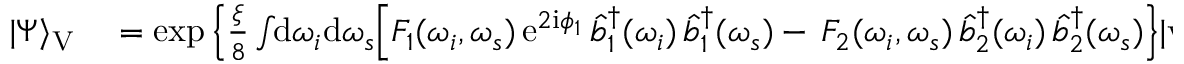
\begin{array} { r l } { | \Psi \rangle _ { \mathrm { V } } } & { { } = \exp \Big \{ \frac { \xi } { 8 } \int \! \! \mathrm { d } \omega _ { i } \mathrm { d } \omega _ { s } \Big [ F _ { 1 } ( \omega _ { i } , \omega _ { s } ) \, \mathrm { e } ^ { 2 \mathrm { i } \phi _ { 1 } } \, \hat { b } _ { 1 } ^ { \dagger } ( \omega _ { i } ) \, \hat { b } _ { 1 } ^ { \dagger } ( \omega _ { s } ) - \, F _ { 2 } ( \omega _ { i } , \omega _ { s } ) \, \hat { b } _ { 2 } ^ { \dagger } ( \omega _ { i } ) \, \hat { b } _ { 2 } ^ { \dagger } ( \omega _ { s } ) \Big \} | \mathrm { v a c } \rangle \, , } \end{array}